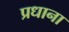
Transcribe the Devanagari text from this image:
प्रधाना